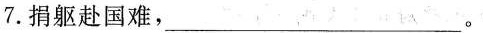
7.捐躯赴国难，___。